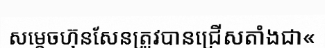
សម្តេចហ៊ុនសែនត្រូវបានជ្រើសតាំងជា«